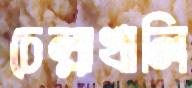
চেল্লাখালি